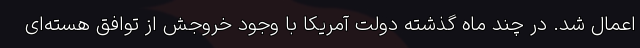
اعمال شد. در چند ماه گذشته دولت آمریکا با وجود خروجش از توافق هسته‌ای